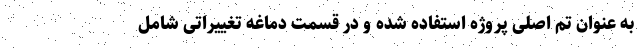
به عنوان تم اصلی پروژه استفاده شده و در قسمت دماغه تغییراتی شامل